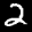
Label: 2